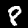
Digit: 8